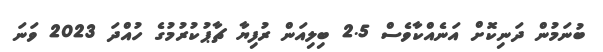
ބުނަމުން ދަނިކޮށް އަނެއްކާވެސް 2.5 ބިލިއަން ރުފިޔާ ޗާޕުކުރުމުގެ ހުއްދަ 2023 ވަނަ